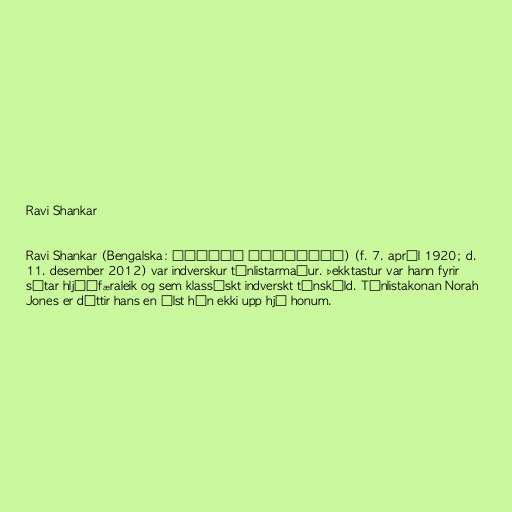
Ravi Shankar

Ravi Shankar (Bengalska: পণ্ডিত রবিশঙ্কর) (f. 7. apríl 1920; d.
11. desember 2012) var indverskur tónlistarmaður. Þekktastur var hann fyrir
sítar hljóðfæraleik og sem klassískt indverskt tónskáld. Tónlistakonan Norah
Jones er dóttir hans en ólst hún ekki upp hjá honum.